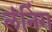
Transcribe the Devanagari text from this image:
लंनिंग